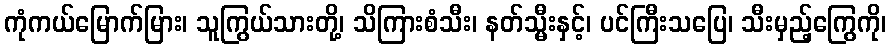
ကုံကယ်မြောက်မြား၊ သူကြွယ်သားတို့၊ သိကြားစံသီး၊ နတ်သ္မီးနှင့်၊ ပင်ကြီးသပြေ၊ သီးမှည့်ကြွေကို၊